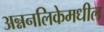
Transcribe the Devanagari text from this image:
अन्ननलिकेमधील